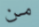
من